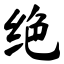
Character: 绝